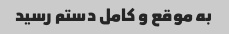
به موقع و کامل دستم رسید